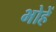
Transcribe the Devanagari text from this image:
भोहें